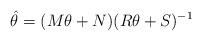
\begin{align*}\hat \theta = (M\theta + N)(R\theta + S)^{-1}\end{align*}